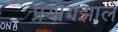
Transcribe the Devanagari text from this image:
प्रयोगझाले